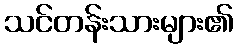
သင်တန်းသားများ၏